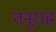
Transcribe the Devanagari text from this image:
तनूराह